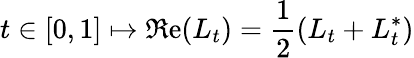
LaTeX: t\in[0,1]\mapsto\Re\mathrm{e}(L_{t})=\frac{{1}}{{2}}(L_{t}+L_{t}^{*})